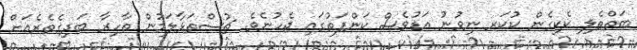
ބަތްތެލި ކެކިގެން ކުކަރ ނިވުނު އަޑުވެސް ކަންފަތުގައި ޖެހުނެވެ. ޗުސްތަޅާލަމުން ތާހިރާ ބަދިގެތެރެއަށް